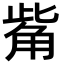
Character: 觜